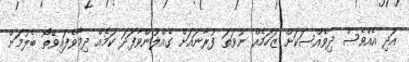
އަދި އެއްވެސް ދިވެއްސަކަށް ޒަހަމެއް ނުވަތަ ފުރާނައަށް ގެއްލުންވާފަދަ ކަމެއް ދިމާވެފައިވޭތޯ ބެލުމަށް